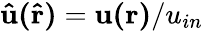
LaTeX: \mathbf{\hat{u}(\hat{r})}=\mathbf{u(r)}/u_{in}